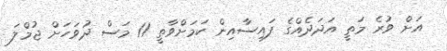
އަށް ވުރެ މަތީ އަދަދެއްގެ ފައިސާއިން ކަމަށްވާތީ 11 މަސް ދުވަހަށް ޖުމްލަ